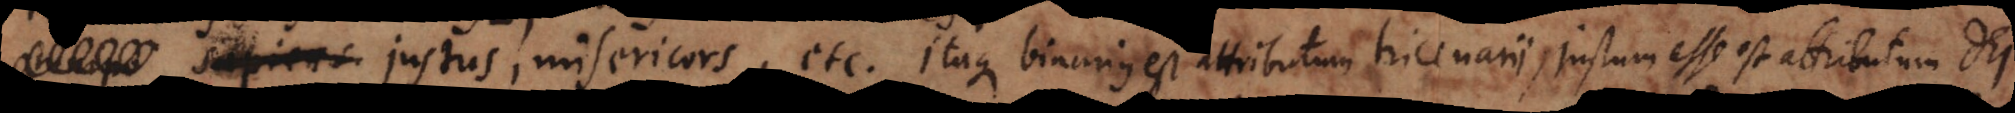
natura priorem. Itaque binarius est attributum tricenarii, justum esse est attributum Dei.